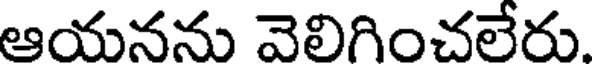
ఆయనను వెలిగించలేరు